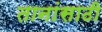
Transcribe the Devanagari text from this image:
तानांसाठी